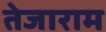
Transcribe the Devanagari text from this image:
तेजाराम